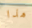
هذا